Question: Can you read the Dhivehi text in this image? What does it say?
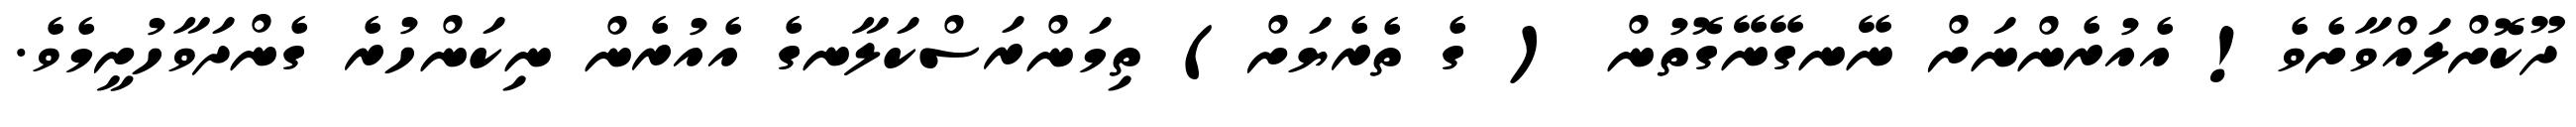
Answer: ދޫކޮށްލައްވާށެވެ! އެއުރެންނަށް ނޭނގޭނޭގޮތުން ( ގެ ތެރެޔަށް) ތިމަންރަސްކަލާނގެ އެއުރެން ނިކަންހުރެ ގެންދަވާހުށީމެވެ.